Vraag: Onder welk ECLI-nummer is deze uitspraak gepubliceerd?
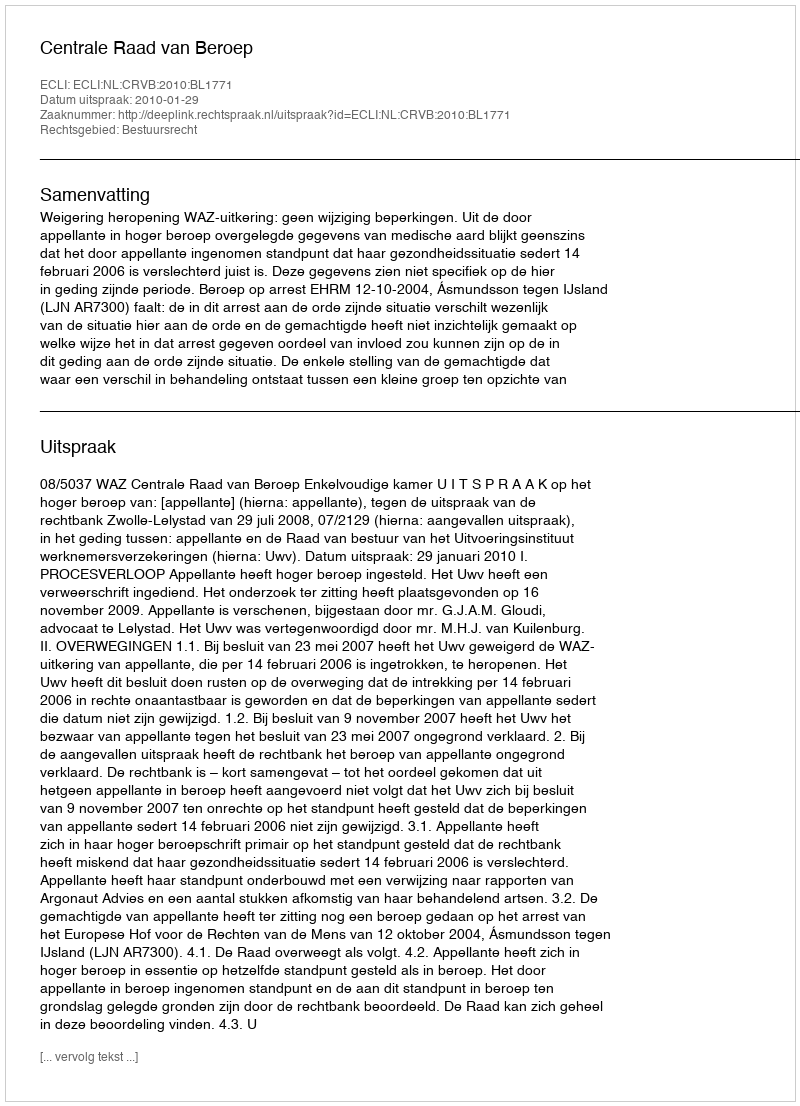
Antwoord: ECLI:NL:CRVB:2010:BL1771